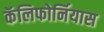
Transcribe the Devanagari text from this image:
कॅलिफोर्नियास